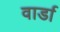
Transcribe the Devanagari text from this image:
वार्डा